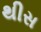
થીસ